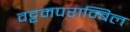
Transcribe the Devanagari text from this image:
वट्टमपराम्बिल